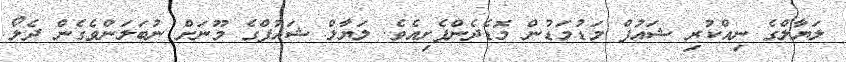
ލަޔާލްގެ ނިއްކުރި ޝައުފް މަޑުމަޑުން މޮޑެދެންފެށިއެވެ. ލަޔާލް ޝައުފްގެ މޫނަށް ނުބަލަންވެގެން ދެލޯ